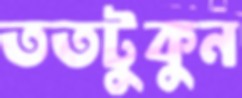
ততটুকুন